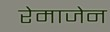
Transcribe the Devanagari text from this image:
रेमाजेन